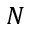
N